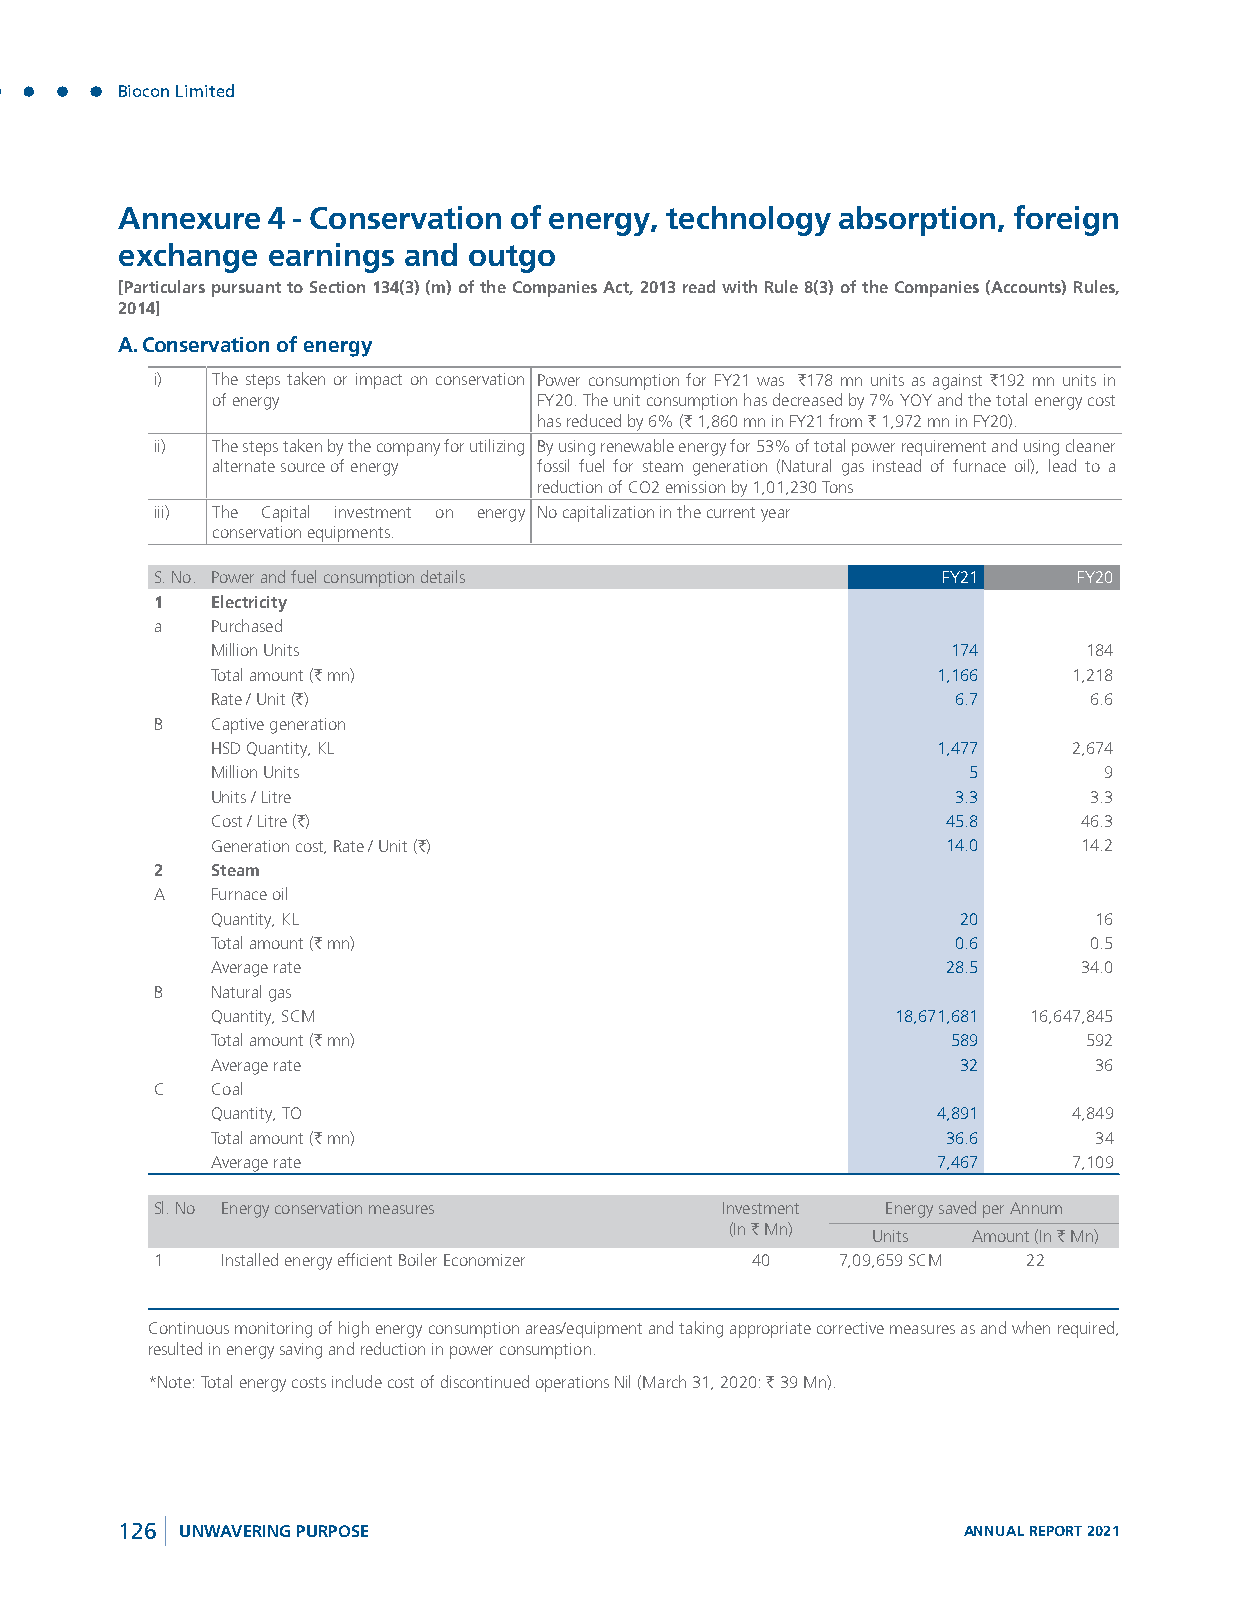
Biocon Limited
 Annexure  4 - Conservation of energy, technology absorption, foreign
 exchange  earnings and outgo
 [Particulars pursuant to Section 134(3) (m) of the Companies Act, 2013 read with Rule 8(3) of the Companies (Accounts) Rules,
 2014]
 A. Conservation of energy
 i)  The steps taken or impact on conservation Power consumption for FY21 was `178 mn units as against `192 mn units in
 of energy             FY20. The unit consumption has decreased by 7% YOY and the total energy cost
 has reduced by 6% (` 1,860 mn in FY21 from ` 1,972 mn in FY20).
 ii) The steps taken by the company for utilizing By using renewable energy for 53% of total power requirement and using cleaner
 alternate source of energy fossil fuel for steam generation (Natural gas instead of furnace oil), lead to a
 reduction of CO2 emission by 1,01,230 Tons
 iii) The Capital investment on energy No capitalization in the current year
 conservation equipments.
 S. No. Power and fuel consumption details           FY21     FY20
 1   Electricity
 a   Purchased
 Million Units                                    174      184
 Total amount (` mn)                             1,166    1,218
 Rate / Unit (`)                                  6.7      6.6
 B   Captive generation
 HSD Quantity, KL                                1,477    2,674
 Million Units                                     5        9
 Units / Litre                                    3.3      3.3
 Cost / Litre (`)                                 45.8     46.3
 Generation cost, Rate / Unit (`)                 14.0     14.2
 2   Steam
 A   Furnace oil
 Quantity, KL                                      20      16
 Total amount (` mn)                              0.6      0.5
 Average rate                                     28.5     34.0
 B   Natural gas
 Quantity, SCM                                18,671,681 16,647,845
 Total amount (` mn)                              589      592
 Average rate                                      32      36
 C   Coal
 Quantity, TO                                    4,891    4,849
 Total amount (` mn)                              36.6     34
 Average rate                                    7,467    7,109
 Sl. No Energy conservation measures   Investment Energy saved per Annum
 (In ` Mn)
 Units Amount (In ` Mn)
 1    Installed energy efficient Boiler Economizer 40 7,09,659 SCM 22
 Continuous monitoring of high energy consumption areas/equipment and taking appropriate corrective measures as and when required,
 resulted in energy saving and reduction in power consumption.
 *Note: Total energy costs include cost of discontinued operations Nil (March 31, 2020: ` 39 Mn).
 126 UNWAVERING PURPOSE                                  ANNUAL REPORT 2021